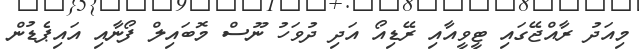
މިއަދު ރާއްޖޭގައި ޓީވީއާއި ރޭޑިއޯ އަދި ދުވަހު ނޫސް މޮބައިލް ފޯނާއި އައިޕެޑުން